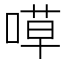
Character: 𠹊